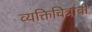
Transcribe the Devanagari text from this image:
व्यक्तिचित्रांची